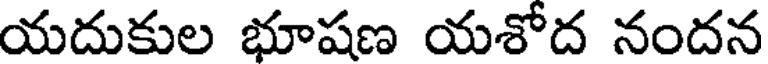
యదుకుల భూషణ యశోద నందన